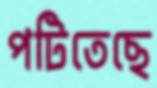
পটিতেছে